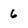
Character: 6